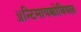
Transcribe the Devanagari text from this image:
ॲन्टिमायक्रोबियल